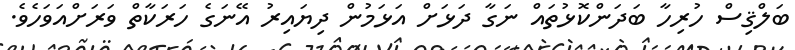
ބަލްޤިސް ހުރިހާ ބަދަންކޮޅުތައް ނަގާ ދަޅަށް އަޅަމުން ދިޔައިރު އޭނަގެ ހަރަކާތް ވަރަށްއަވަހެވެ.